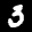
Label: 3